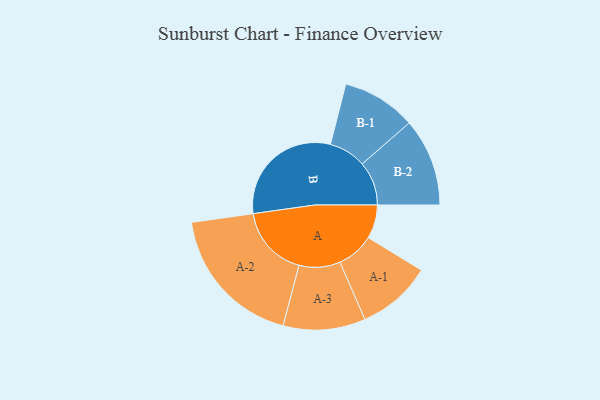
{"axis": {"x": "Segment", "y": "Value"}, "legend": ["", "A", "B"], "data": [{"x": "A", "y": 118, "type": ""}, {"x": "B", "y": 421, "type": ""}, {"x": "A-1", "y": 131, "type": "A"}, {"x": "A-2", "y": 252, "type": "A"}, {"x": "A-3", "y": 144, "type": "A"}, {"x": "B-1", "y": 130, "type": "B"}, {"x": "B-2", "y": 154, "type": "B"}]}